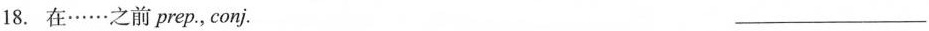
18.在······之前prep。，conj. ___